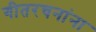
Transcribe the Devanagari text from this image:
गीतरचनांना